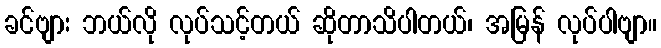
ခင်ဗျား ဘယ်လို လုပ်သင့်တယ် ဆိုတာသိပါတယ်၊ အမြန် လုပ်ပါဗျာ။